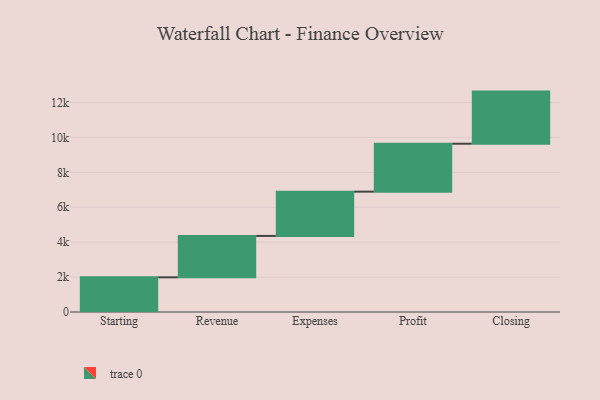
{"axis": {"x": "Step", "y": "Value"}, "legend": [""], "data": [{"x": "Starting", "y": 1987.0, "type": ""}, {"x": "Revenue", "y": 2371.0, "type": ""}, {"x": "Expenses", "y": 2537.0, "type": ""}, {"x": "Profit", "y": 2747.0, "type": ""}, {"x": "Closing", "y": 2985.0, "type": ""}]}